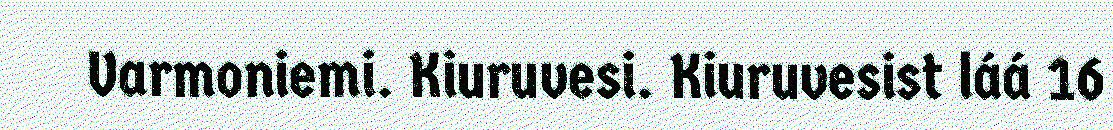
Varmoniemi. Kiuruvesi. Kiuruvesist láá 16